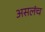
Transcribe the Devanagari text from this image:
असलंच